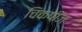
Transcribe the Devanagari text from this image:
चिकपीज